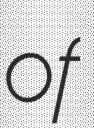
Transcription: of